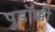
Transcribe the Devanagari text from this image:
पुडॉक्की